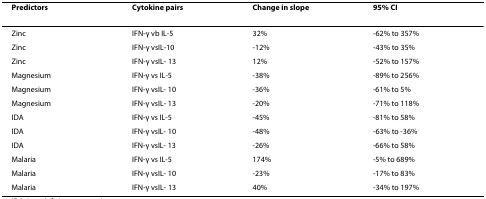
<table><thead><tr><td><b>Predictors</b></td><td><b>Cytokine pairs</b></td><td><b>Change in slope</b></td><td><b>95% CI</b></td></tr></thead><tbody><tr><td>Zinc</td><td>IFN-γ vb IL-5</td><td>32%</td><td>-62% to 357%</td></tr><tr><td>Zinc</td><td>IFN-γ vsIL-10</td><td>-12%</td><td>-43% to 35%</td></tr><tr><td>Zinc</td><td>IFN-γ vsIL- 13</td><td>12%</td><td>-52% to 157%</td></tr><tr><td>Magnesium</td><td>IFN-γ vs IL-5</td><td>-38%</td><td>-89% to 256%</td></tr><tr><td>Magnesium</td><td>IFN-γ vsIL- 10</td><td>-36%</td><td>-61% to 5%</td></tr><tr><td>Magnesium</td><td>IFN-γ vsIL- 13</td><td>-20%</td><td>-71% to 118%</td></tr><tr><td>IDA</td><td>IFN-γ vs IL-5</td><td>-45%</td><td>-81% to 58%</td></tr><tr><td>IDA</td><td>IFN-γ vsIL- 10</td><td>-48%</td><td>-63% to -36%</td></tr><tr><td>IDA</td><td>IFN-γ vsIL- 13</td><td>-26%</td><td>-66% to 58%</td></tr><tr><td>Malaria</td><td>IFN-γ vs IL-5</td><td>174%</td><td>-5% to 689%</td></tr><tr><td>Malaria</td><td>IFN-γ vsIL- 10</td><td>-23%</td><td>-17% to 83%</td></tr><tr><td>Malaria</td><td>IFN-γ vsIL- 13</td><td>40%</td><td>-34% to 197%</td></tr></tbody></table>